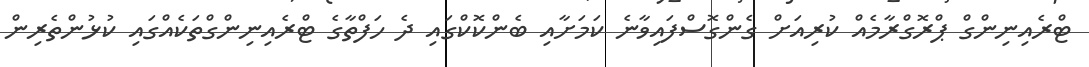
ޓްރެއިނިންގް ޕްރޮގްރާމެއް ކުރިއަށް ގެންގޮސްފައިވާނެ ކަމަށާއި ބެންކޮކްގައި ދެ ހަފްތާގެ ޓްރެއިނިންގްތަކެއްގައި ކުޅުންތެރިން